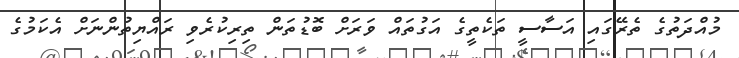
މުއްދަތުގެ ތެރޭގައި އަސާސީ ތަކެތީގެ އަގުތައް ވަރަށް ބޮޑުތަން ތިރިކުރެވި ރައްޔިތުންނަށް އެކަމުގެ